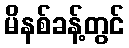
မိနစ်ခန့်တွင်